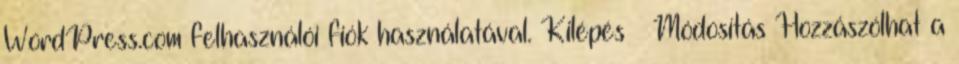
WordPress.com felhasználói fiók használatával. Kilépés Módosítás Hozzászólhat a